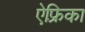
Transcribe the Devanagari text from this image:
ऐफ़्रिका